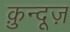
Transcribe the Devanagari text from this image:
क़ुन्दूज़